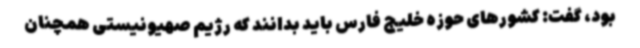
بود، گفت: کشورهای حوزه خلیج فارس باید بدانند که رژیم صهیونیستی همچنان